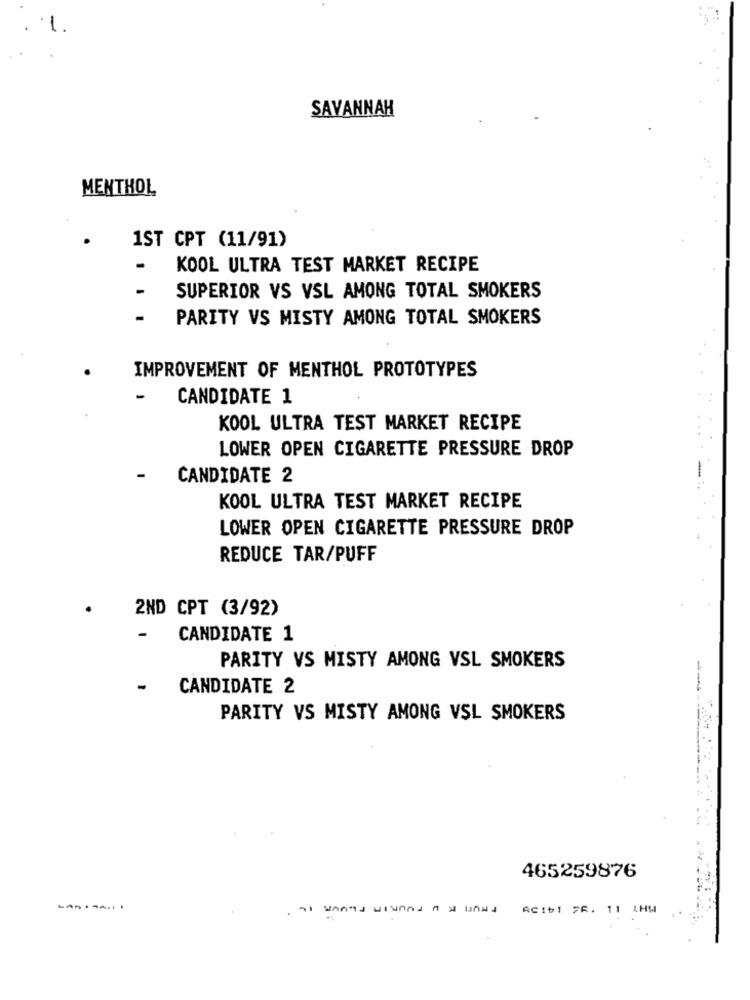
SAVANNAH
MENTHOL
1ST CPT (11/91)
-
KOOL ULTRA TEST MARKET RECIPE
-
SUPERIOR VS VSL AMONG TOTAL SMOKERS
PARITY VS MISTY AMONG TOTAL SMOKERS
IMPROVEMENT OF MENTHOL PROTOTYPES
CANDIDATE 1
KOOL ULTRA TEST MARKET RECIPE
LOWER OPEN CIGARETTE PRESSURE DROP
CANDIDATE 2
KOOL ULTRA TEST MARKET RECIPE
LOWER OPEN CIGARETTE PRESSURE DROP
REDUCE TAR/PUFF
2ND CPT (3/92)
-
CANDIDATE 1
PARITY VS MISTY AMONG VSL SMOKERS
-
CANDIDATE 2
PARITY VS MISTY AMONG VSL SMOKERS
465259876
. at wants wished A & wAnd Reib! FR. 11 HM